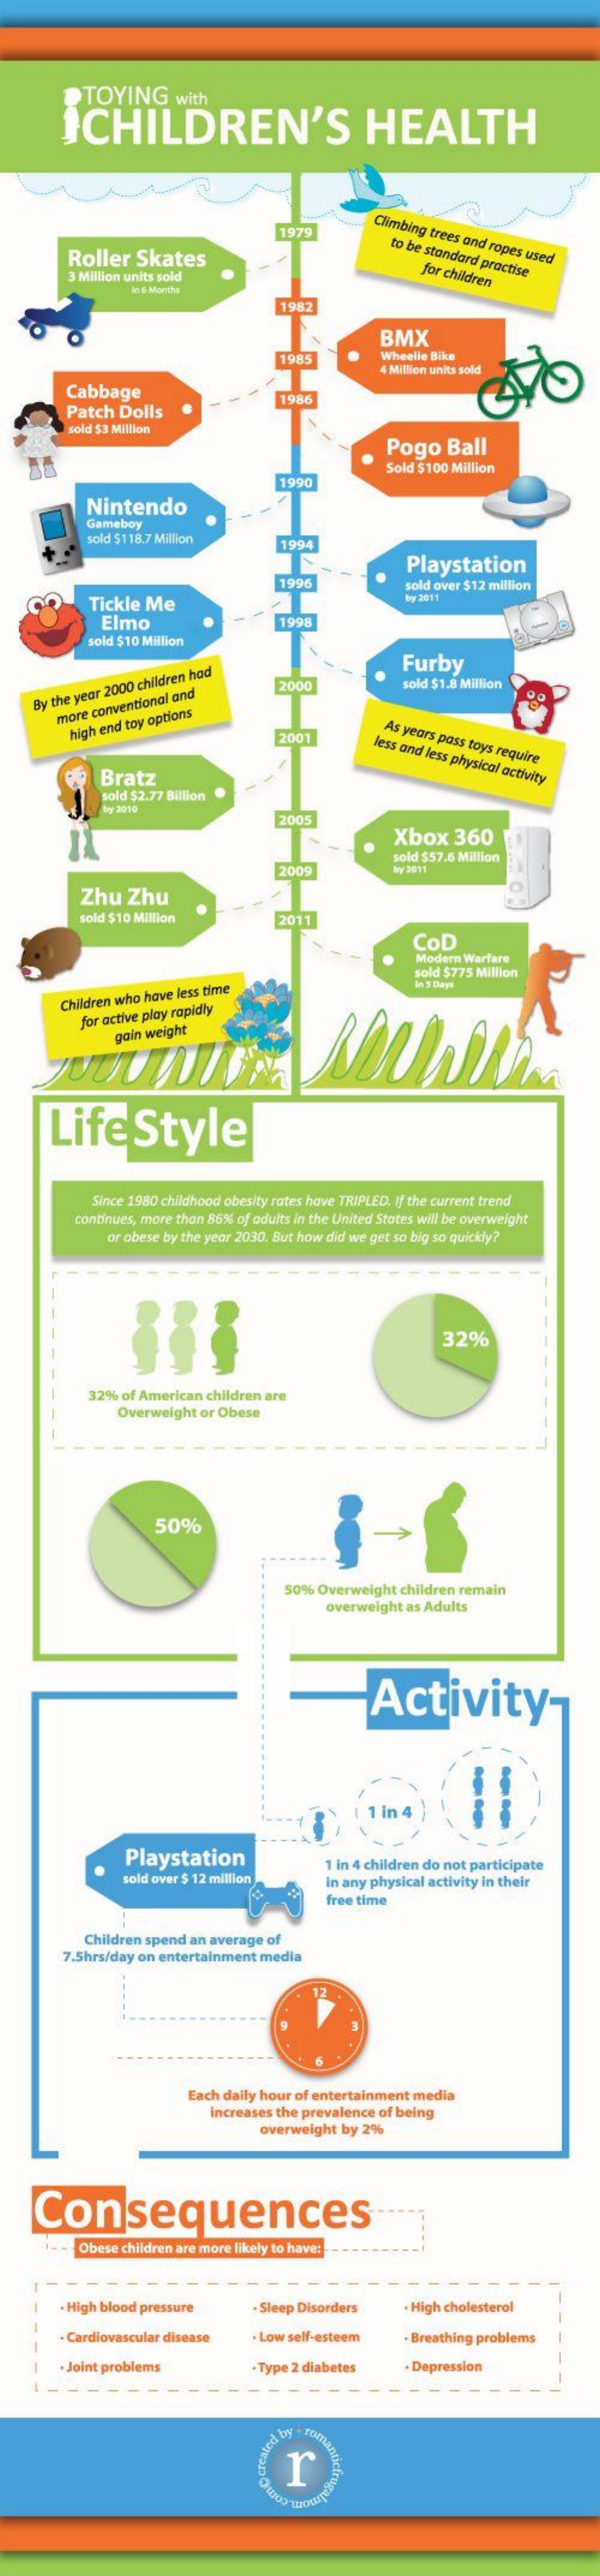
TOYING    with
     ICHILDREN'S    HEALTH
     1979    Climbing trees and ropes used Roller Skates
     to be standard practise
     3 Million units sold    for children
     in & Months
     1982
     1985
     BMX
     Wheelle Bike
     4 Million units sold
     Cabbage
     Patch  Dolls
     1986
     sold $3 Million
     Pogo    Ball
     1990
     Sold $100 Million
     Nintendo
     Gameboy
     sold $118.7 Million    1994
     1996
     Playstation
     Tickle Me
     sold over $12 million
     Elmo    1998
     sold $10 Million
     Furby
     2000    sold $1.8 Million
    By the year 2000 children had
     more
     conventional
     and
     high end toy options
     2:001    As years pass toys require less and less physical activity Bratz
     sold $2.77 Billion
     try 2010
     200
     Xbox    360
     2009
     sold $57.6 Million
     by 2011
     Zhu   Zhu
     sold $10 Million    2011
     COD
     Modern Warfare
     sold $775 Million
     In 5 Days
     Children who have less time
     for active play rapidly
     gain weight
     Life    Style
     Since 1980 childhood obesity rates have TRIPLED. If the current trend
     continues, more than 86% of oduits in the United States wil be overweight
     or obese by the year 2030. But how did we get so big so quickly?
     32%
     32% of American children are
     Overweight or Obese
     --  -
     50%
     50% Overweight children remain
     overweight as Adults
     Activity
     Playstation
     sold over $ 12 million
     1 in 4 children do not participate
     in any physical activity in their
     free time
     Children spend an average of
     7.5hrs/day on entertainment media
     Each daily hour of entertainment media
     increases the prevalence of being
     overweight by 2%
    Consequences
     Obese children are more likely to have:
     . High blood pressure    - Sleep Disorders   - High cholesterol
     . Cardiovascular disease . Low self-esteem   . Breathing problems
     . Joint problems    · Type 2 diabetes   . Depression
     r